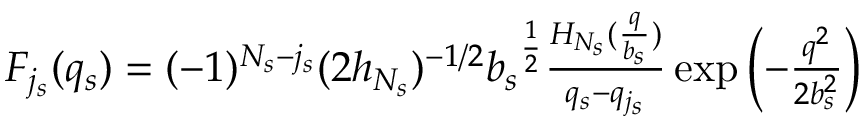
\begin{array} { r l } { F _ { j _ { s } } ( q _ { s } ) = ( - 1 ) ^ { N _ { s } - { j _ { s } } } ( 2 h _ { N _ { s } } ) ^ { - 1 / 2 } { b _ { s } } ^ { \frac { 1 } { 2 } } \frac { H _ { N _ { s } } ( \frac { q } { b _ { s } } ) } { q _ { s } - q _ { j _ { s } } } \exp \left( - \frac { q ^ { 2 } } { 2 b _ { s } ^ { 2 } } \right) } \end{array}